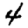
Digit: 4